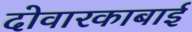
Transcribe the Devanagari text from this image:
दोवारकाबाई